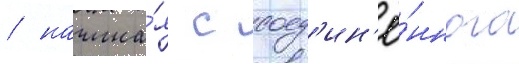
/ начина́я с соед'ин'ё́нного